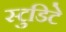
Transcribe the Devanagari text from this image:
स्टुडिटे